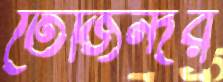
তেজিন্দর